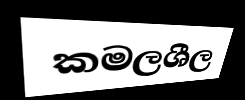
කමලශීල